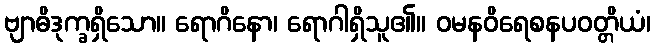
ဗျာဓိဒုက္ခရှိသော။ ရောဂိနော၊ ရောဂါရှိသူ၏။ ဝမနဝိရေစနပဝတ္တိယံ၊